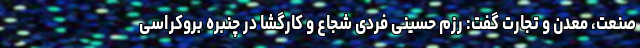
صنعت، معدن و تجارت گفت: رزم حسینی فردی شجاع و کارگشا در چنبره بروکراسی